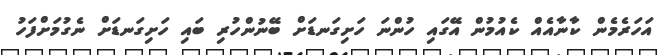
އަހަރެމެން ކާނާއެއް ކެއުމުން އޭގައި ހުންނަ ހަށިގަނޑަށް ބޭނުންހުރި ބައި ހަށިގަނޑަށް ނެގުމަށްފަހު